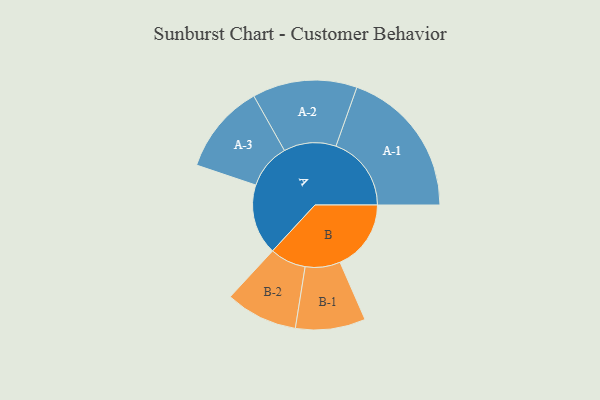
{"axis": {"x": "Segment", "y": "Value"}, "legend": ["", "A", "B"], "data": [{"x": "A", "y": 260, "type": ""}, {"x": "B", "y": 262, "type": ""}, {"x": "A-1", "y": 278, "type": "A"}, {"x": "A-2", "y": 193, "type": "A"}, {"x": "A-3", "y": 166, "type": "A"}, {"x": "B-1", "y": 129, "type": "B"}, {"x": "B-2", "y": 133, "type": "B"}]}